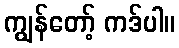
ကျွန်တော့် ကဒ်ပါ။